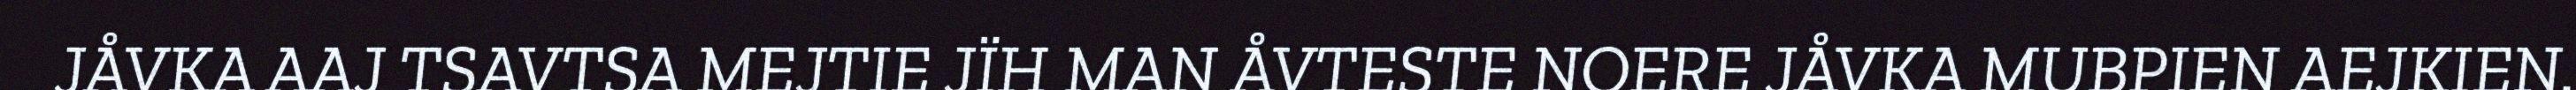
JÅVKA AAJ TSAVTSA MEJTIE JÏH MAN ÅVTESTE NOERE JÅVKA MUBPIEN AEJKIEN.